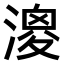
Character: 𣼺